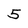
Character: 5